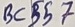
Text: BC557